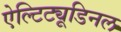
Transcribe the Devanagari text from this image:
ऐल्टिट्यूडिनल